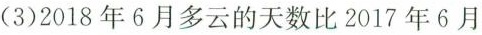
（3）2018年6月多云的天数比2017年6月